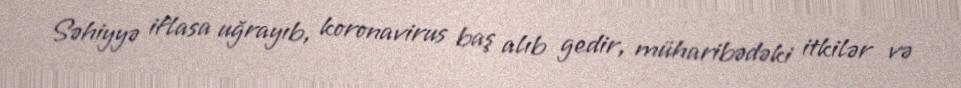
Səhiyyə iflasa uğrayıb, koronavirus baş alıb gedir, müharibədəki itkilər və